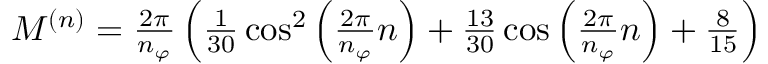
\begin{array} { r } { M ^ { ( n ) } = \frac { 2 \pi } { n _ { \varphi } } \left( \frac { 1 } { 3 0 } \cos ^ { 2 } \left( \frac { 2 \pi } { n _ { \varphi } } n \right) + \frac { 1 3 } { 3 0 } \cos \left( \frac { 2 \pi } { n _ { \varphi } } n \right) + \frac { 8 } { 1 5 } \right) } \end{array}